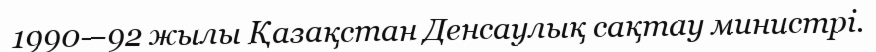
1990—92 жылы Қазақстан Денсаулық сақтау министрі.